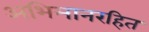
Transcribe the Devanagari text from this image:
अभिमानरहित